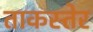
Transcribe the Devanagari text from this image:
ताकस्तेर